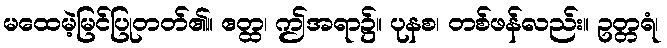
မထေမဲ့မြင်ပြုတတ်၏။ ဧတ္ထ၊ ဤအရာ၌။ ပုနစ၊ တစ်ဖန်လည်း။ ဥတ္တရံ၊